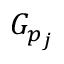
G _ { p _ { j } }